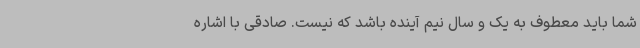
شما باید معطوف به یک و سال نیم آینده باشد که نیست. صادقی با اشاره